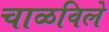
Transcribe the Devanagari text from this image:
चाळविले